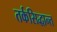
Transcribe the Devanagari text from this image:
तर्कसिद्धान्त